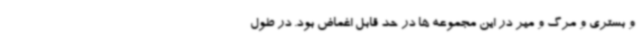
و بستری و مرگ و میر در این مجموعه‌ ها در حد قابل اغماض بود. در طول